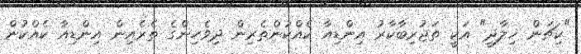
"ކިޗަން ޚިލާދީ" އަކީ ތަޖުރިބާކާރު އިންޑިއާ ކެއްކުންތެރިން ދިވެހިންގެ ތެރެއިން އިންޑިއާ ކެއްކުން